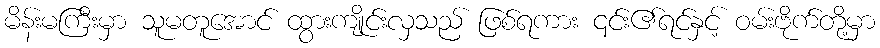
မိန်းမကြီးမှာ သူမတူအောင် ထွားကျိုင်းလှသည် ဖြစ်ရကား ၎င်း၏ရင်နှင့် ဝမ်းဗိုက်တို့မှာ